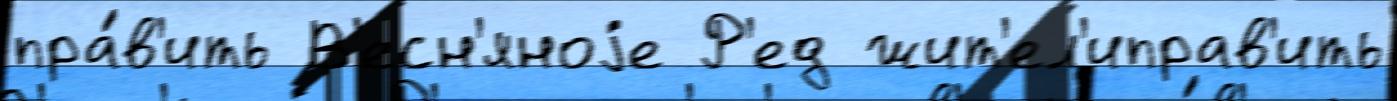
пра́в'ить В'есн'яноjе Р'ед жит'ел'иправ'ить